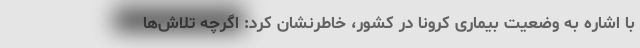
با اشاره به وضعیت بیماری کرونا در کشور، خاطرنشان کرد: اگرچه تلاش‌ها